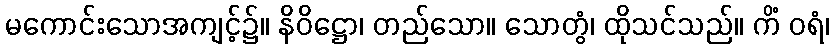
မကောင်းသောအကျင့်၌။ နိဝိဋ္ဌော၊ တည်သော။ သောတွံ၊ ထိုသင်သည်။ ကိံ ဝရံ၊